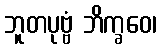
ဘူတပုဗ္ဗံ ဘိက္ခဝေ၊